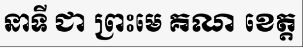
នាទី ជា ព្រះមេ គណ ខេត្ត